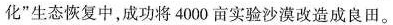
化”生态恢复中，成功将4000亩实验沙漠改造成良田。